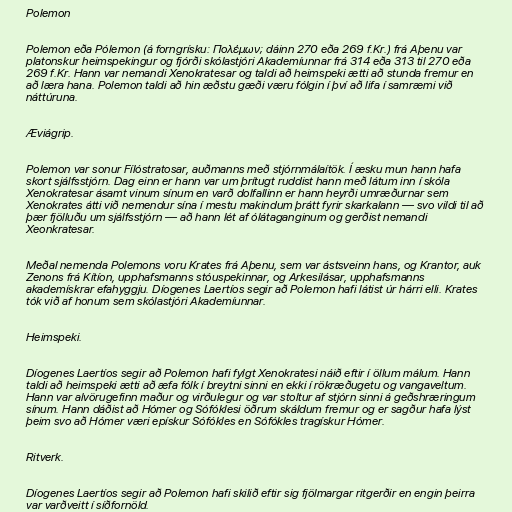
Polemon

Polemon eða Pólemon (á forngrísku: Πολέμων; dáinn 270 eða 269 f.Kr.) frá Aþenu var
platonskur heimspekingur og fjórði skólastjóri Akademíunnar frá 314 eða 313 til 270 eða
269 f.Kr. Hann var nemandi Xenokratesar og taldi að heimspeki ætti að stunda fremur en
að læra hana. Polemon taldi að hin æðstu gæði væru fólgin í því að lifa í samræmi við
náttúruna.

Æviágrip.

Polemon var sonur Fílóstratosar, auðmanns með stjórnmálaítök. Í æsku mun hann hafa
skort sjálfsstjórn. Dag einn er hann var um þrítugt ruddist hann með látum inn í skóla
Xenokratesar ásamt vinum sínum en varð dolfallinn er hann heyrði umræðurnar sem
Xenokrates átti við nemendur sína í mestu makindum þrátt fyrir skarkalann — svo vildi til að
þær fjölluðu um sjálfsstjórn — að hann lét af ólátaganginum og gerðist nemandi
Xeonkratesar.

Meðal nemenda Polemons voru Krates frá Aþenu, sem var ástsveinn hans, og Krantor, auk
Zenons frá Kítíon, upphafsmanns stóuspekinnar, og Arkesilásar, upphafsmanns
akademískrar efahyggju. Díogenes Laertíos segir að Polemon hafi látist úr hárri elli. Krates
tók við af honum sem skólastjóri Akademíunnar.

Heimspeki.

Díogenes Laertíos segir að Polemon hafi fylgt Xenokratesi náið eftir í öllum málum. Hann
taldi að heimspeki ætti að æfa fólk í breytni sinni en ekki í rökræðugetu og vangaveltum.
Hann var alvörugefinn maður og virðulegur og var stoltur af stjórn sinni á geðshræringum
sínum. Hann dáðist að Hómer og Sófóklesi öðrum skáldum fremur og er sagður hafa lýst
þeim svo að Hómer væri epískur Sófókles en Sófókles tragískur Hómer.

Ritverk.

Díogenes Laertíos segir að Polemon hafi skilið eftir sig fjölmargar ritgerðir en engin þeirra
var varðveitt í síðfornöld.